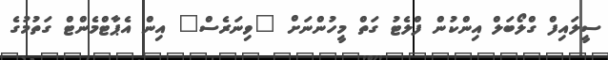
ސީލައިފް ގްލޯބަލް އިންކުން ފްލެޓު ގަތް މީހުންނަށް "ވިނަރެސް" އިން އެޕާޓްމެންޓް ގަތުމުގެ